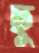
ছু